Report on the cultivation of protesoma, Labbé, in grey mosquitoes
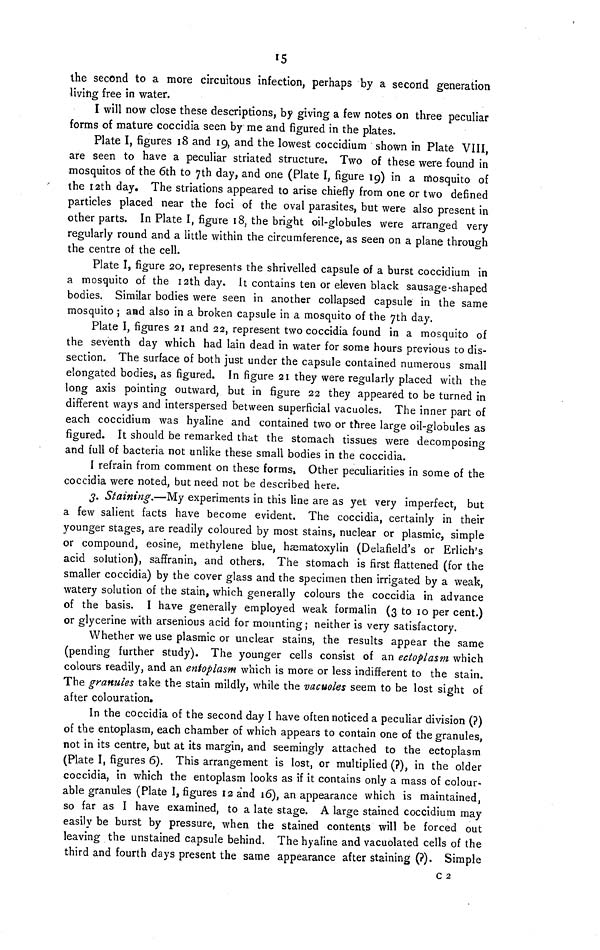
15
the second to a more circuitous infection, perhaps by a second generation
living free in water.
I will now close these descriptions, by giving a few notes on three peculiar
forms of mature coccidia seen by me and figured in the plates.
Plate I, figures 18 and 19, and the lowest coccidium shown in Plate VIII,
are seen to have a peculiar striated structure. Two of these were found in
mosquitos of the 6th to 7th day, and one (Plate I, figure 19) in a mosquito of
the 12th day. The striations appeared to arise chiefly from one or two defined
particles placed near the foci of the oval parasites, but were also present in
other parts. In Plate I, figure 18, the bright oil-globules were arranged very
regularly round and a little within the circumference, as seen on a plane through
the centre of the cell.
Plate I, figure 20, represents the shrivelled capsule of a burst coccidium in
a mosquito of the 12th day. It contains ten or eleven black sausage-shaped
bodies. Similar bodies were seen in another collapsed capsule in the same
mosquito ; arad also in a broken capsule in a mosquito of the 7th day.
Plate I, figures 21 and 22, represent two coccidia found in a mosquito of
the seventh day which had lain dead in water for some hours previous to dis-
section. The surface of both just under the capsule contained numerous small
elongated bodies, as figured. In figure 21 they were regularly placed with the
long axis pointing outward, but in figure 22 they appeared to be turned in
different ways and interspersed between superficial vacuoles. The inner part of
each coccidium was hyaline and contained two or three large oil-globules as
figured. It should be remarked that the stomach tissues were decomposing
and full of bacteria not unlike these small bodies in the coccidia.
I refrain from comment on these forms, Other peculiarities in some of the
coccidia were noted, but need not be described here.
3. Staining.—My experiments in this line are as yet very imperfect, but
a few salient facts have become evident. The coccidia, certainly in their
younger stages, are readily coloured by most stains, nuclear or plasmic, simple
or compound, eosine, méthylène blue, hæmatoxylin (Delafield's or Erlich's
acid solution), saffranin, and others. The stomach is first flattened (for the
smaller coccidia) by the cover glass and the specimen then irrigated by a weak,
watery solution of the stain, which generally colours the coccidia in advance
of the basis. I have generally employed weak formalin (3 to 10 per cent.)
or glycerine with arsenious acid for mounting; neither is very satisfactory.
Whether we use plasmic or unclear stains, the results appear the same
(pending further study). The younger cells consist of an ectoplasm which
colours readily, and an entoplasm which is more or less indifferent to the stain.
The granules take the stain mildly, while the vacuoles seem to be lost sight of
after colouration.
In the coccidia of the second day I have often noticed a peculiar division (?)
of the entoplasm, each chamber of which appears to contain one of the granules,
not in its centre, but at its margin, and seemingly attached to the ectoplasm
(Plate I, figures 6). This arrangement is lost, or multiplied (?), in the older
coccidia, in which the entoplasm looks as if it contains only a mass of colour-
able granules (Plate I, figures 12 and 16), an appearance which is maintained,
so far as I have examined, to a late stage. A large stained coccidium may
easily be burst by pressure, when the stained contents will be forced out
leaving the unstained capsule behind. The hyaline and vacuolated cells of the
third and fourth days present the same appearance after staining (?). Simple
c 2